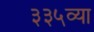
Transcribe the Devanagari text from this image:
३३५व्या